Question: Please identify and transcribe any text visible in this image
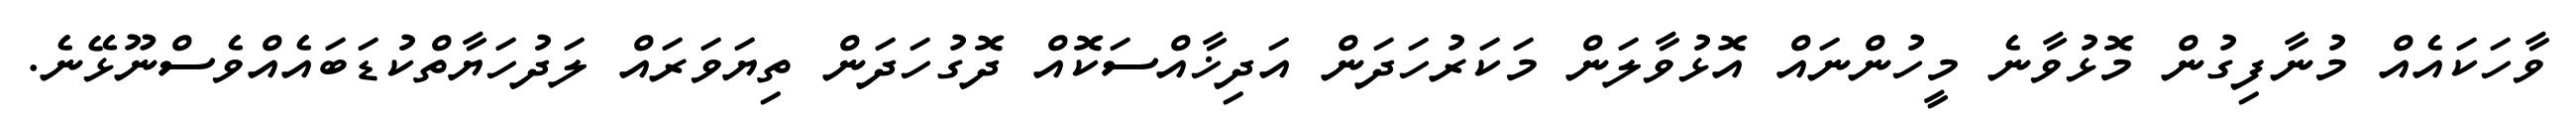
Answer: ވާހަކައެއް މުނާފިގުން މޮޅުވާނެ މީހުންނައް އޮޅުވާލަން މަކަރުހަދަން އަދިޚާއްސަކޮއް ދޮގުހަދަން ތިޔަވަރައް ލަދުހަޔާތްކުޑަބައެއްވެސްނޫޅޭނެ.